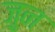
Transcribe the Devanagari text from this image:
ज़ुन